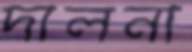
দালনা